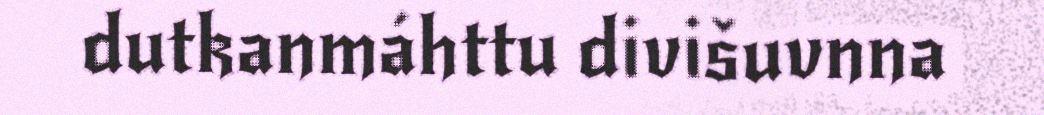
dutkanmáhttu divišuvnna